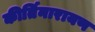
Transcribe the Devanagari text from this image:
कीर्तिनारायण